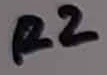
Text: R2